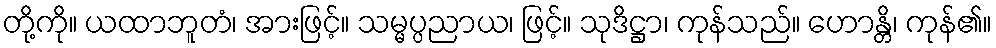
တို့ကို။ ယထာဘူတံ၊ အားဖြင့်။ သမ္မပ္ပညာယ၊ ဖြင့်။ သုဒိဋ္ဌာ၊ ကုန်သည်။ ဟောန္တိ၊ ကုန်၏။